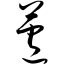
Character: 芦